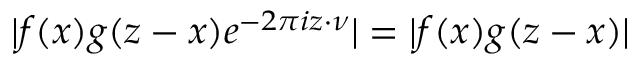
| f ( x ) g ( z - x ) e ^ { - 2 \pi i z \cdot \nu } | = | f ( x ) g ( z - x ) |